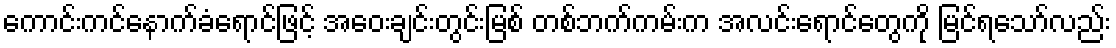
ကောင်းကင်နောက်ခံရောင်ဖြင့် အဝေးချင်းတွင်းမြစ် တစ်ဘက်ကမ်းက အလင်းရောင်တွေကို မြင်ရသော်လည်း